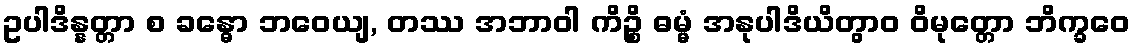
ဥပါဒိန္နတ္တာ စ ခန္ဓော ဘဝေယျ, တဿ အဘာဝါ ကိဉ္စိ ဓမ္မံ အနုပါဒိယိတွာဝ ဝိမုတ္တော ဘိက္ခဝေ